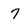
Character: 7